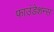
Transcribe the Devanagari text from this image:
फाउंडेशन्स